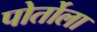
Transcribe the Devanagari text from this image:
पोर्तोला